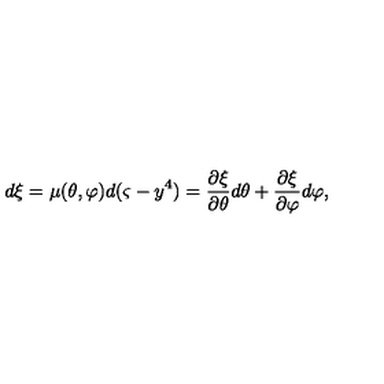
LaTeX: d \xi = \mu ( \theta , \varphi ) d ( \varsigma - y ^ { 4 } ) = \frac { \partial \xi } { \partial \theta } d \theta + \frac { \partial \xi } { \partial \varphi } d \varphi ,